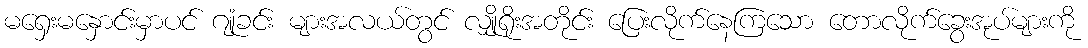
မရှေးမနှောင်းမှာပင် ဂျုံခင်း များအလယ်တွင် လျှိုရိုးအတိုင်း ပြေးလိုက်နေကြသော တောလိုက်ခွေးအုပ်များကို